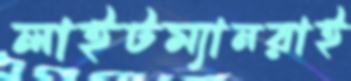
লাইটম্যানরাই